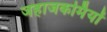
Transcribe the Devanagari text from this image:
जहाजकर्मियों